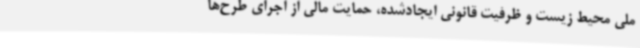
ملی محیط زیست و ظرفیت قانونی ایجادشده، حمایت مالی از اجرای طرح‌ها